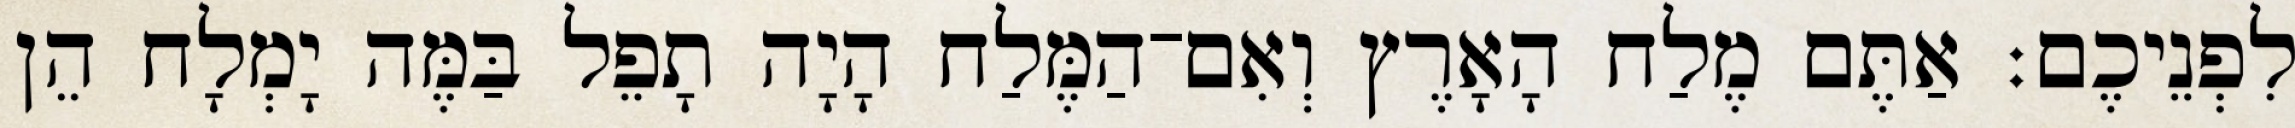
לִפְנֵיכֶם׃ אַתֶּם מֶלַח הָאָרֶץ וְאִם־הַמֶּלַח הָיָה תָפֵל בַּמֶּה יָמְלָח הֵן